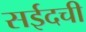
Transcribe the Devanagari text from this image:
सईदची